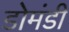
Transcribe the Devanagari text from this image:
डोमंडी